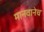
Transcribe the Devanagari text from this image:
मानवानेच